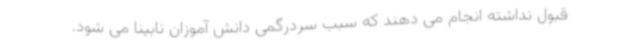
قبول نداشته انجام می دهند که سبب سردرگمی دانش آموزان نابینا می شود.